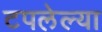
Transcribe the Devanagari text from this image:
टपलेल्या